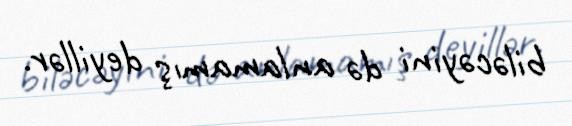
biləcəyini də anlamamış deyillər.